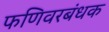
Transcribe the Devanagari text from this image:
फणिवरबंधक